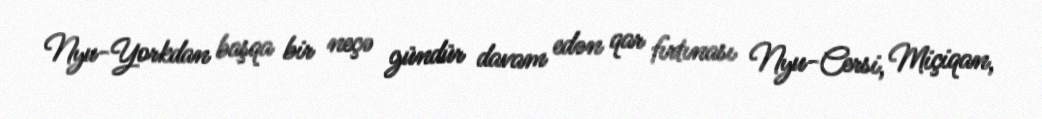
Nyu-Yorkdan başqa bir neçə gündür davam edən qar fırtınası Nyu-Cersi, Miçiqan,